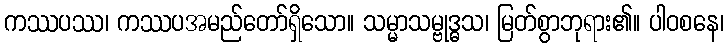
ကဿပဿ၊ ကဿပအမည်တော်ရှိသော။ သမ္မာသမ္ဗုဒ္ဓသ၊ မြတ်စွာဘုရား၏။ ပါဝစနေ၊